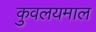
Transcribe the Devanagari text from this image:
कुवलयमाल